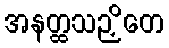
အနတ္ထသဉှိတေ